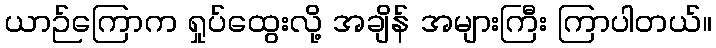
ယာဉ်ကြောက ရှုပ်ထွေးလို့ အချိန် အများကြီး ကြာပါတယ်။